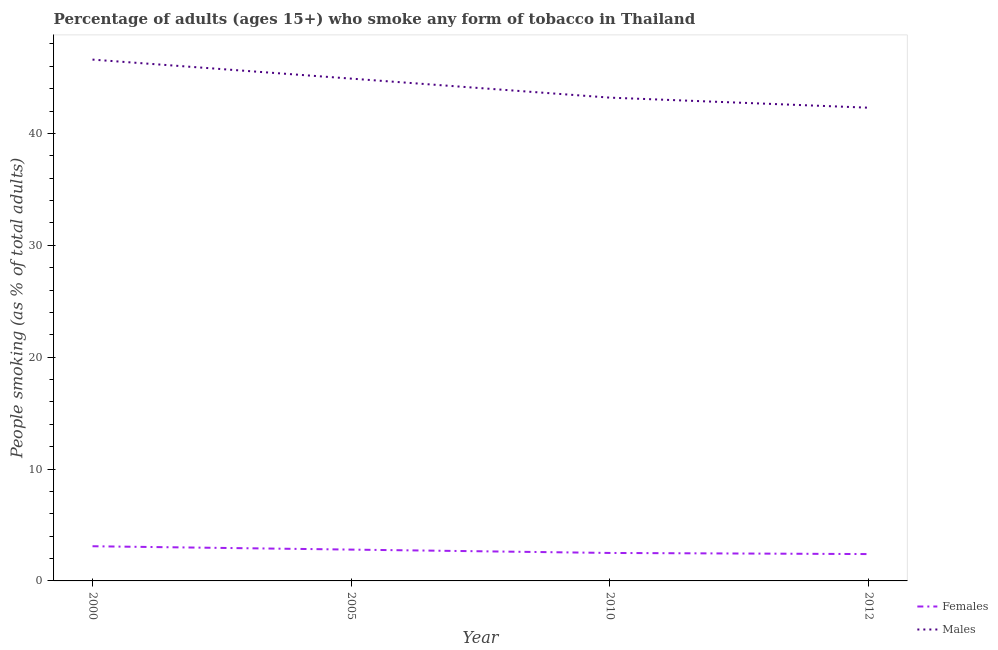
| Year | Females | Males |
 | --- | --- | --- |
 | 2000 | 3.1 | 46.6 |
 | 2005 | 2.8 | 44.9 |
 | 2010 | 2.5 | 43.2 |
 | 2012 | 2.4 | 42.3 |